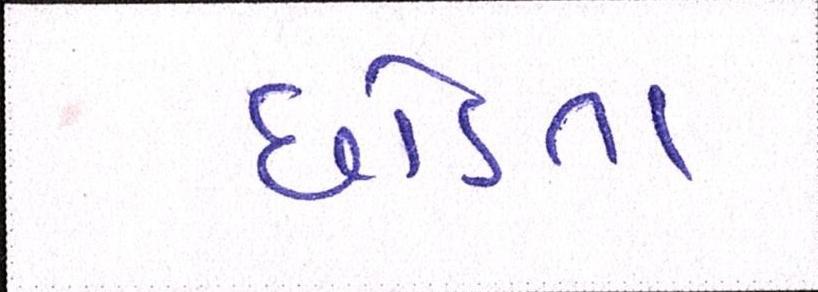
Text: છોડતા